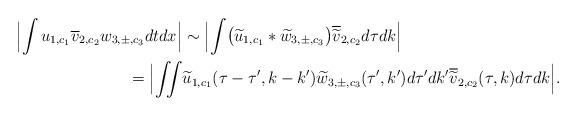
LaTeX: \begin{align*}\Bigl| \int u_{1,c_1} \overline{v}_{2,c_2} w_{3,\pm,c_3} dt dx \Bigr| & \sim \Bigl| \int \bigl( \widetilde{u}_{1,c_1} * \widetilde{w}_{3,\pm,c_3} \bigr) \overline{\widetilde{v}}_{2,c_2} d\tau d k \Bigr|\\ = \Bigl| \iint & \widetilde{u}_{1,c_1} (\tau-\tau', k-k')\widetilde{w}_{3,\pm,c_3}(\tau',k') d\tau' dk' \overline{\widetilde{v}}_{2,c_2} (\tau,k) d\tau d k \Bigr|.\end{align*}